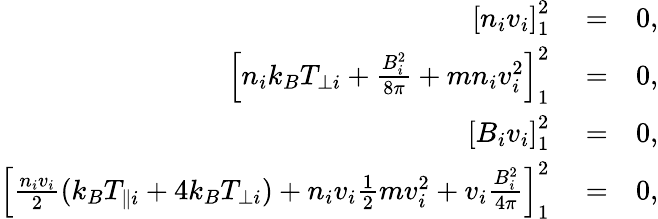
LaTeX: \begin{array}{rlr}{\left[n_{i}v_{i}\right]_{1}^{2}}&{{}=}&{0,}\\ {\left[n_{i}k_{B}T_{\perp i}+\frac{B_{i}^{2}}{8\pi}+mn_{i}v_{i}^{2}\right]_{1}^{2}}&{{}=}&{0,}\\ {\left[B_{i}v_{i}\right]_{1}^{2}}&{{}=}&{0,}\\ {\left[\frac{n_{i}v_{i}}{2}(k_{B}T_{\parallel i}+4k_{B}T_{\perp i})+n_{i}v_{i}\frac{1}{2}mv_{i}^{2}+v_{i}\frac{B_{i}^{2}}{4\pi}\right]_{1}^{2}}&{{}=}&{0,}\end{array}